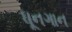
ધૂનગાન